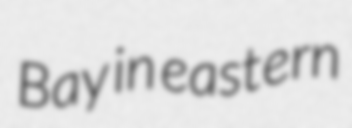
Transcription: Bay in eastern